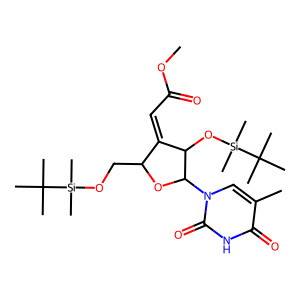
SMILES: COC(=O)C=C1C(CO[Si](C)(C)C(C)(C)C)OC(n2cc(C)c(=O)[nH]c2=O)C1O[Si](C)(C)C(C)(C)C
Inhibits HIV replication: No